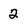
Character: 2